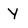
Character: Y